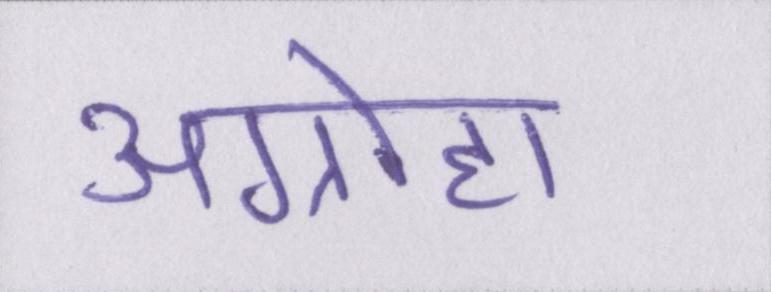
अग्रोहा